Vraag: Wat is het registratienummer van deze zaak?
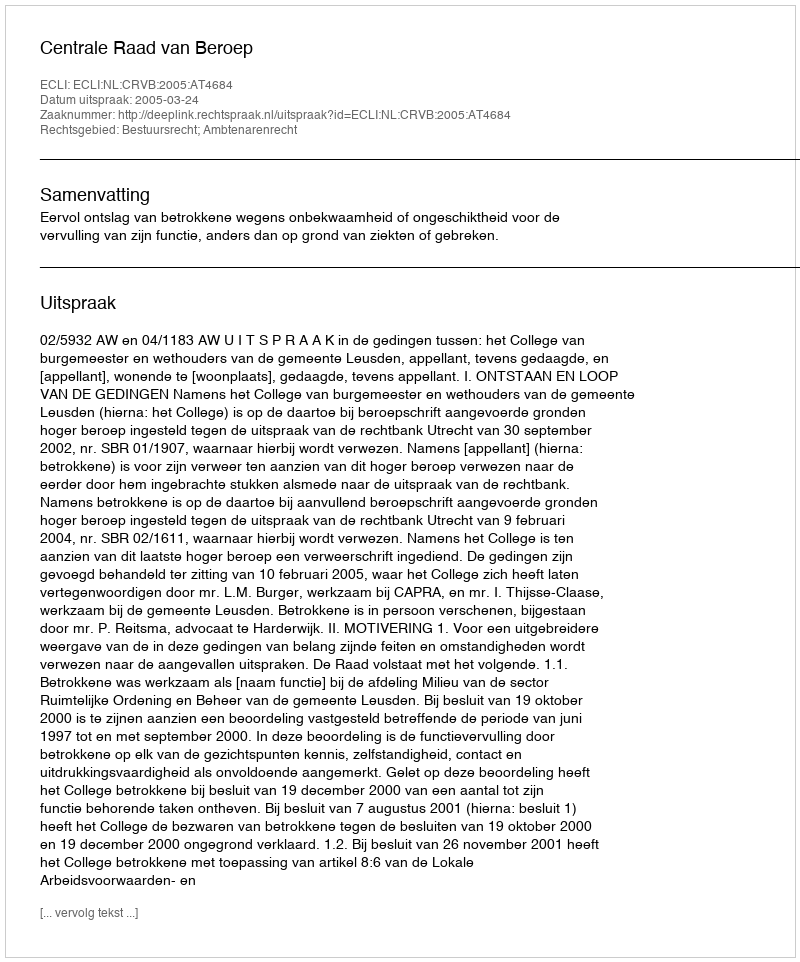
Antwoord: http://deeplink.rechtspraak.nl/uitspraak?id=ECLI:NL:CRVB:2005:AT4684